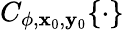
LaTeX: C_{\phi,\mathbf{x}_{0},\mathbf{y}_{0}}\{ \cdot\}